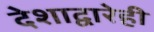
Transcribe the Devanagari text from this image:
देशाद्वारेही